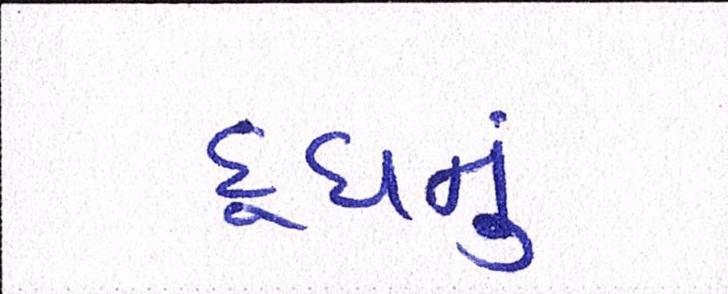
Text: દૂધનું